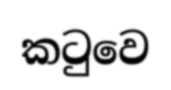
කටුවෙ